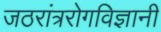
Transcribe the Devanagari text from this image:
जठरांत्ररोगविज्ञानी